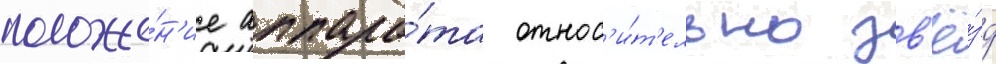
положе́н'ие аппара́та относ'и́т'ельно зв'ё́зд